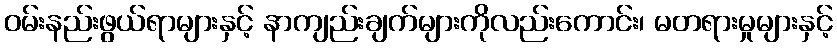
ဝမ်းနည်းဖွယ်ရာများနှင့် နာကျည်းချက်များကိုလည်းကောင်း၊ မတရားမှုများနှင့်